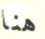
هنا